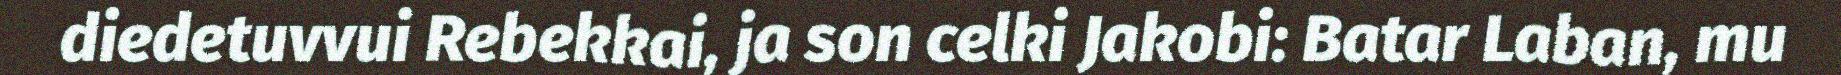
diedetuvvui Rebekkai, ja son celki Jakobi: Batar Laban, mu